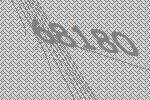
68180